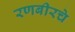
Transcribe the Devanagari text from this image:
रणबीरचे